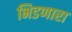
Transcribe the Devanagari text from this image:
भिडणारा